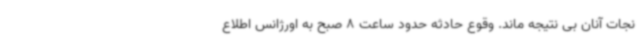
نجات آنان بی نتیجه ماند. وقوع حادثه حدود ساعت 8 صبح به اورژانس اطلاع